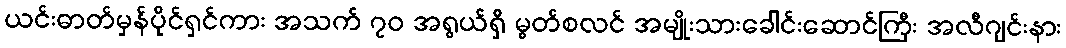
ယင်းဓာတ်မှန်ပိုင်ရှင်ကား အသက် ၇၀ အရွယ်ရှိ မွတ်စလင် အမျိုးသားခေါင်းဆောင်ကြီး အလီဂျင်းနား